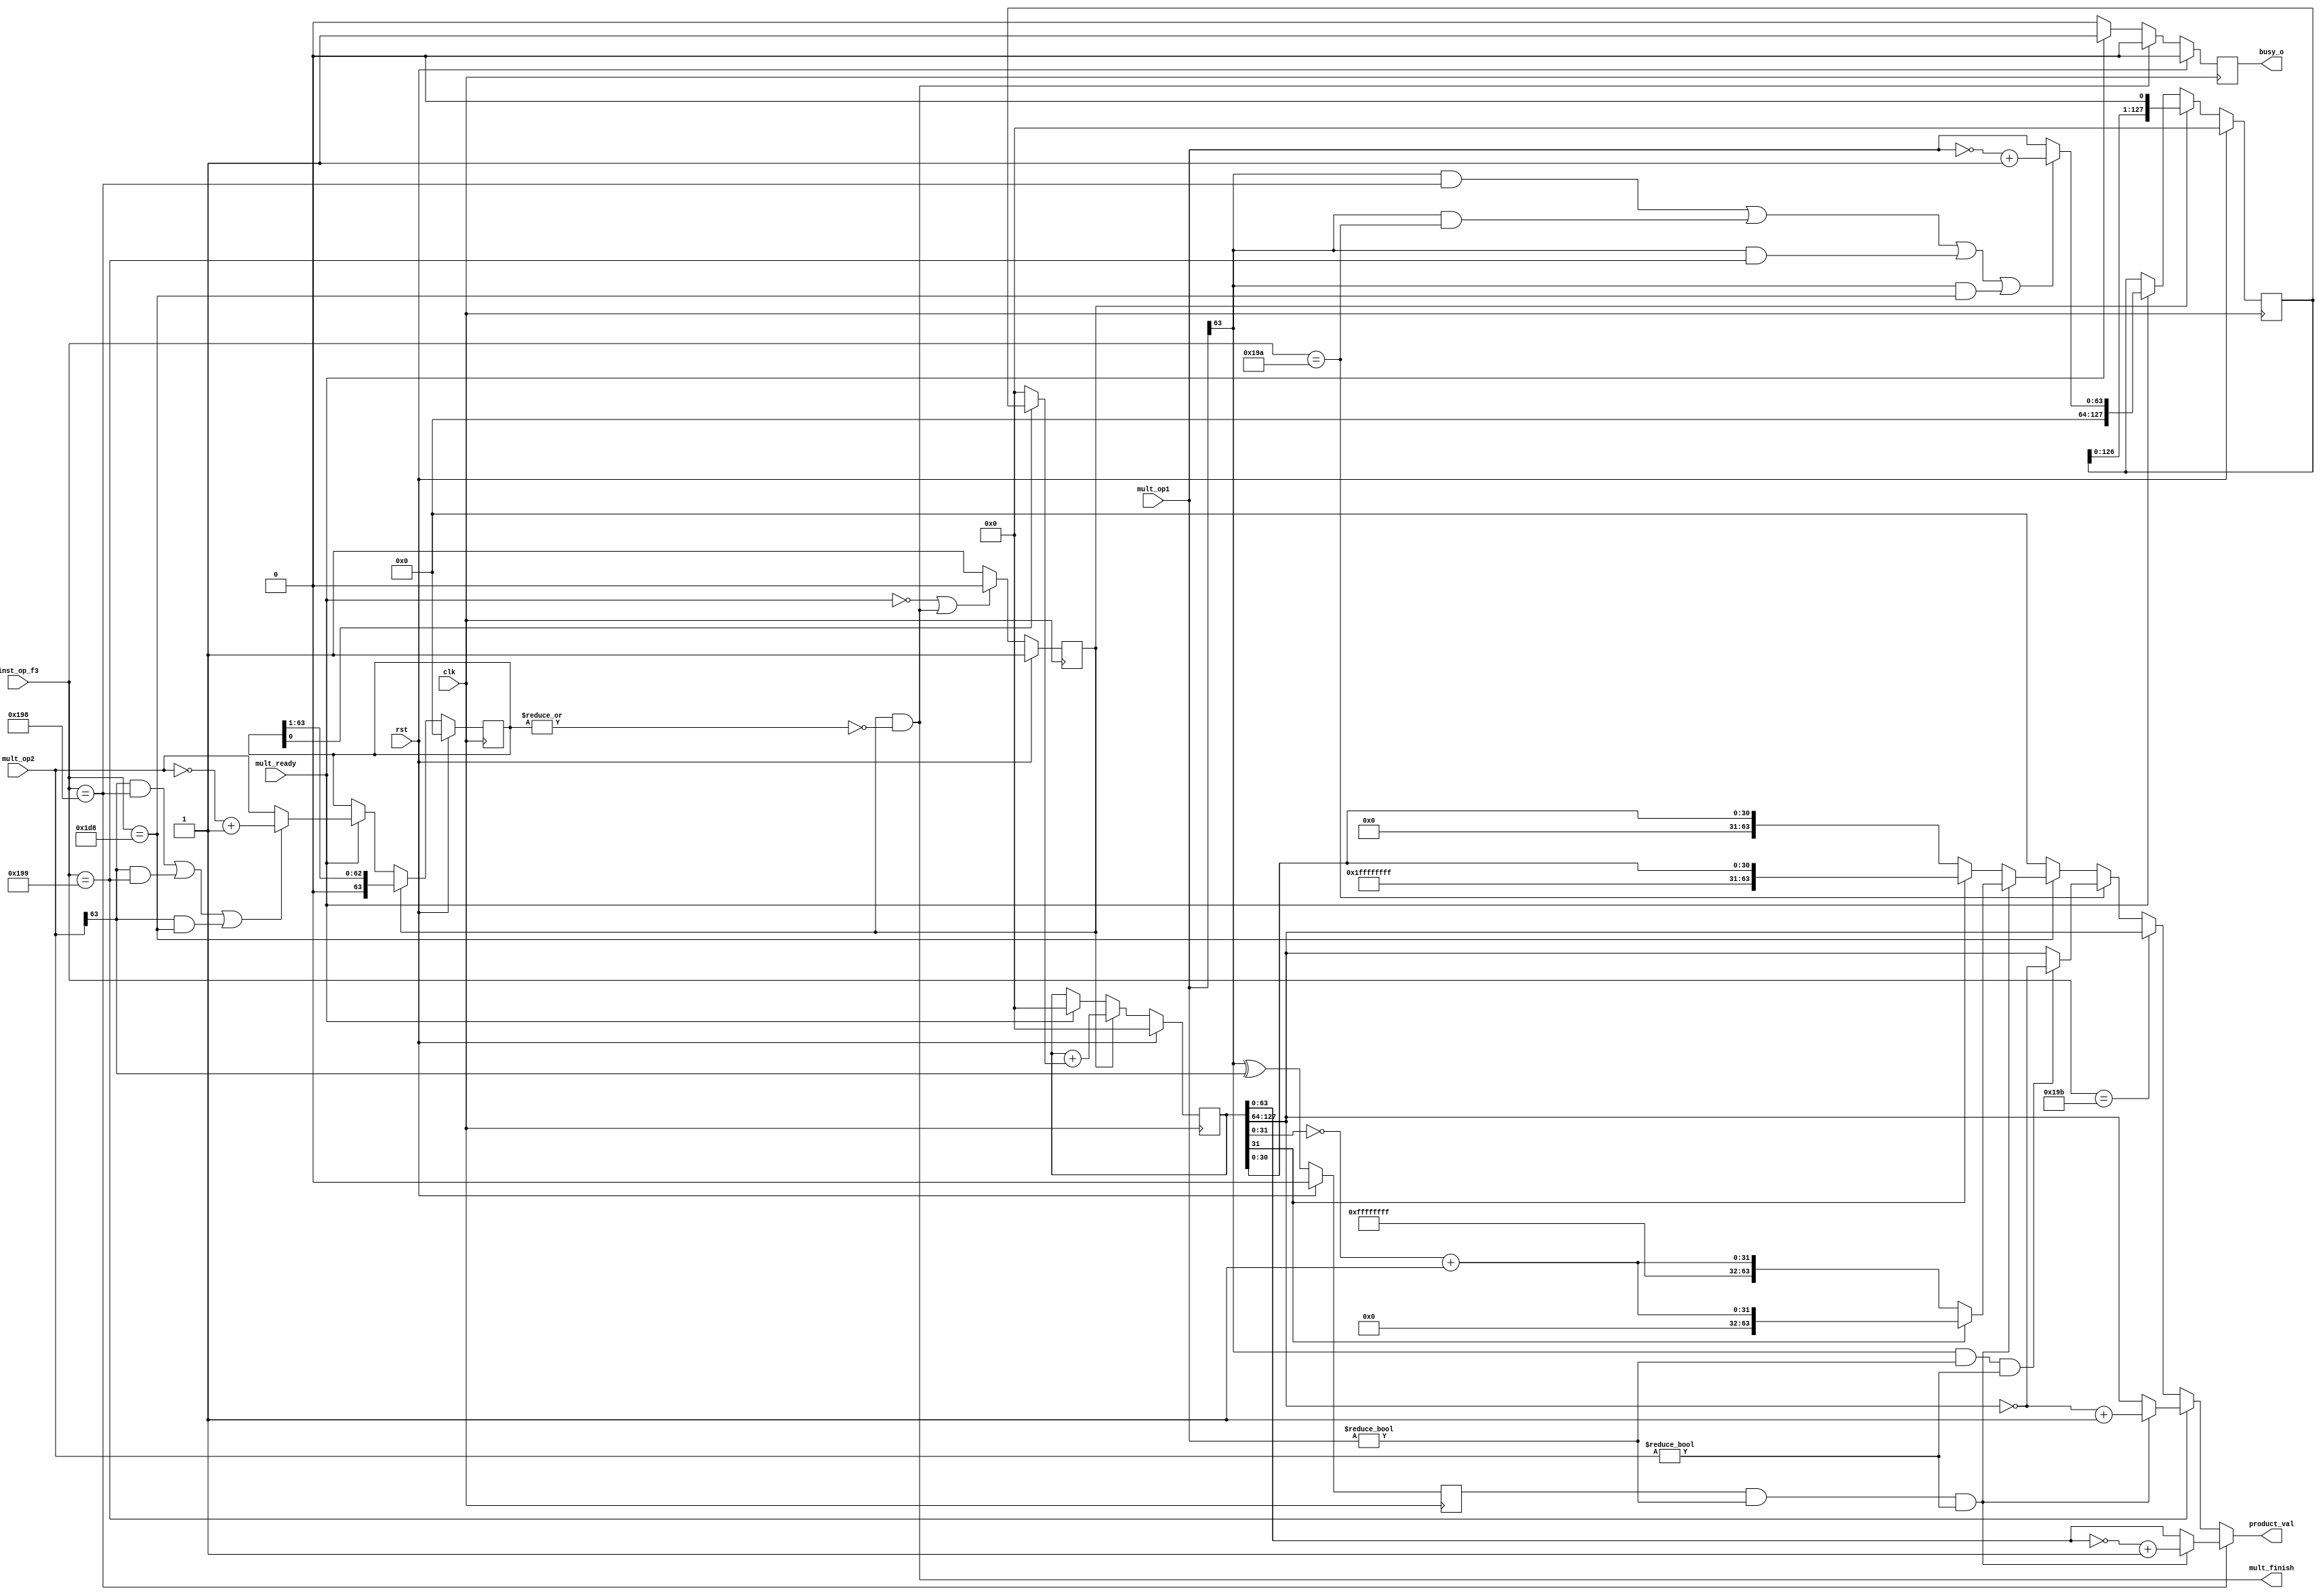
module Multiplier
(
	input  wire        clk        ,
	input  wire        rst        ,
	input  wire        mult_ready ,
	input  wire [9 :0] inst_op_f3 ,
	input  wire [63:0] mult_op1   ,
	input  wire [63:0] mult_op2   ,
	output wire [63:0] product_val,
	output wire        mult_finish,
	output reg         busy_o
);
	
	parameter INST_MUL    = 10'b0110011000;
	parameter INST_MULH   = 10'b0110011001;
	parameter INST_MULHSU = 10'b0110011010;
	parameter INST_MULHU  = 10'b0110011011;
	parameter INST_MULW   = 10'b0111011000;
	
	reg        mult_valid;
	reg [63:0] multiplier;
	
	assign mult_finish = mult_valid & ~(|multiplier);
	
	always @(posedge clk)
		begin
			if(rst == 1'b1) begin
				mult_valid <= 1'b1;
			end
			else if(~mult_ready | mult_finish) begin
				mult_valid <= 1'b0;
			end
			else begin
				mult_valid <= 1'b1;
			end
		end
	
	always @(posedge clk)
		begin
			if(rst == 1'b1) begin
				busy_o <= 1'b0;
			end
			else if(mult_finish) begin
				busy_o <= 1'b0;
			end
			else if(mult_ready) begin
				busy_o <= 1'b1;
			end
			else begin
				busy_o <= 1'b0;
			end
		end
	
	wire        op1_signbit ;
	wire        op2_signbit ;
	wire [63:0] op1_absolute;
	wire [63:0] op2_absolute;
	
	assign op1_signbit  = mult_op1[63]                          ;
	assign op2_signbit  = mult_op2[63]                          ;
	assign op1_absolute = ((op1_signbit&&inst_op_f3==INST_MUL) || (op1_signbit&&inst_op_f3==INST_MULHSU) || (op1_signbit&&inst_op_f3==INST_MULH) || (op1_signbit&&inst_op_f3==INST_MULW)) ? (~mult_op1+1) : mult_op1;
	assign op2_absolute = ((op2_signbit&&inst_op_f3==INST_MUL) || (op2_signbit&&inst_op_f3==INST_MULH) || (op2_signbit&&inst_op_f3==INST_MULW)) ? (~mult_op2+1) : mult_op2;
	
	reg [127:0] multiplicand;
	
	always @(posedge clk)
		begin
			if(rst == 1'b1) begin
				multiplicand <= 128'b0;
			end
			else if(mult_valid) begin
				multiplicand <= {multiplicand[126:0], 1'b0}; //
			end
			else if(mult_ready) begin
				multiplicand <= {64'b0, op1_absolute};
			end
		end
		
	always @(posedge clk)
		begin
			if(rst == 1'b1) begin
				multiplier <= 64'b0;
			end
			else if(mult_valid) begin
				multiplier <= {1'b0, multiplier[63:1]}; //
			end
			else if(mult_ready) begin
				multiplier <= op2_absolute;
			end
		end
		
	wire [127:0] product_lins;
	
	assign product_lins = multiplier[0] ? multiplicand : 128'b0;
	
	reg [127:0] product_temp;
	
	always @(posedge clk)
		begin
			if(rst == 1'b1) begin
				product_temp <= 128'b0;
			end
			else if(mult_valid) begin
				product_temp <= product_temp + product_lins;
			end
			else if(mult_ready) begin
				product_temp <= 128'b0;
			end
		end
	
	reg product_signbit;
	
	always @(posedge clk)
		begin
			if(rst == 1'b1) begin
				product_signbit <= 1'b0;
			end
			else if(mult_valid) begin
				product_signbit <= op1_signbit ^ op2_signbit;
			end
			else begin
				product_signbit <= op1_signbit ^ op2_signbit;
			end
		end
	
	assign product_val = (inst_op_f3 == INST_MUL   ) ? ((product_signbit&&mult_op1!=64'd0&&mult_op2!=64'd0) ? ~product_temp[63 :0 ]+64'd1 : product_temp[63 :0 ]) :
						 (inst_op_f3 == INST_MULH  ) ? ((product_signbit&&mult_op1!=64'd0&&mult_op2!=64'd0) ? ~product_temp[127:64]+64'd1 : product_temp[127:64]) :
						 (inst_op_f3 == INST_MULHU ) ? product_temp[127:64]                                               :
						 (inst_op_f3 == INST_MULHSU) ? ((op1_signbit&&mult_op1!=64'd0&&mult_op2!=64'd0) ? ~product_temp[127:64] : product_temp[127:64])     :
						 (inst_op_f3 == INST_MULW  ) ? ((product_signbit&&mult_op1!=64'd0&&mult_op2!=64'd0) ? (~product_temp[31] ? {32'hffffffff,(~product_temp[31:0]+32'd1)} : {32'b0,(~product_temp[31:0]+32'd1)}) : (product_temp[31] ? {32'hffffffff,product_temp[31:0]} : {32'b0,product_temp[31:0]})) : 64'b0;
endmodule